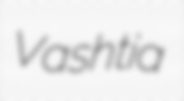
Vashtia